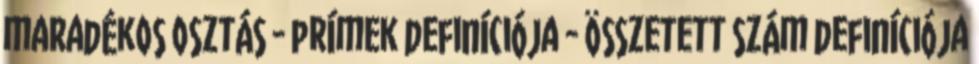
maradékos osztás - prímek definíciója - összetett szám definíciója